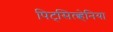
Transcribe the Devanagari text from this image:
पिट्‌सिल्व्हेनिया